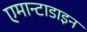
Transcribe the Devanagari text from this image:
एमान्टाडाइन